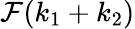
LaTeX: \mathcal{F}(k_{1}+k_{2})